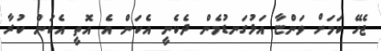
ޖެހޭ ކަމަށް ވަންޏާ އަޅުގަނޑުމެން ދެކެނީ އެކަން އެ އޮތީ އެކަން ކުރާ